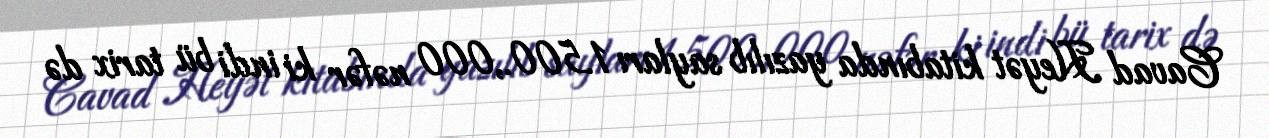
Cavad Heyət kitabında yazılıb sayları 1.500.,000 nəfər ki indi bü tarix də